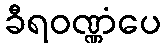
ခီရဝဏ္ဏံပေ